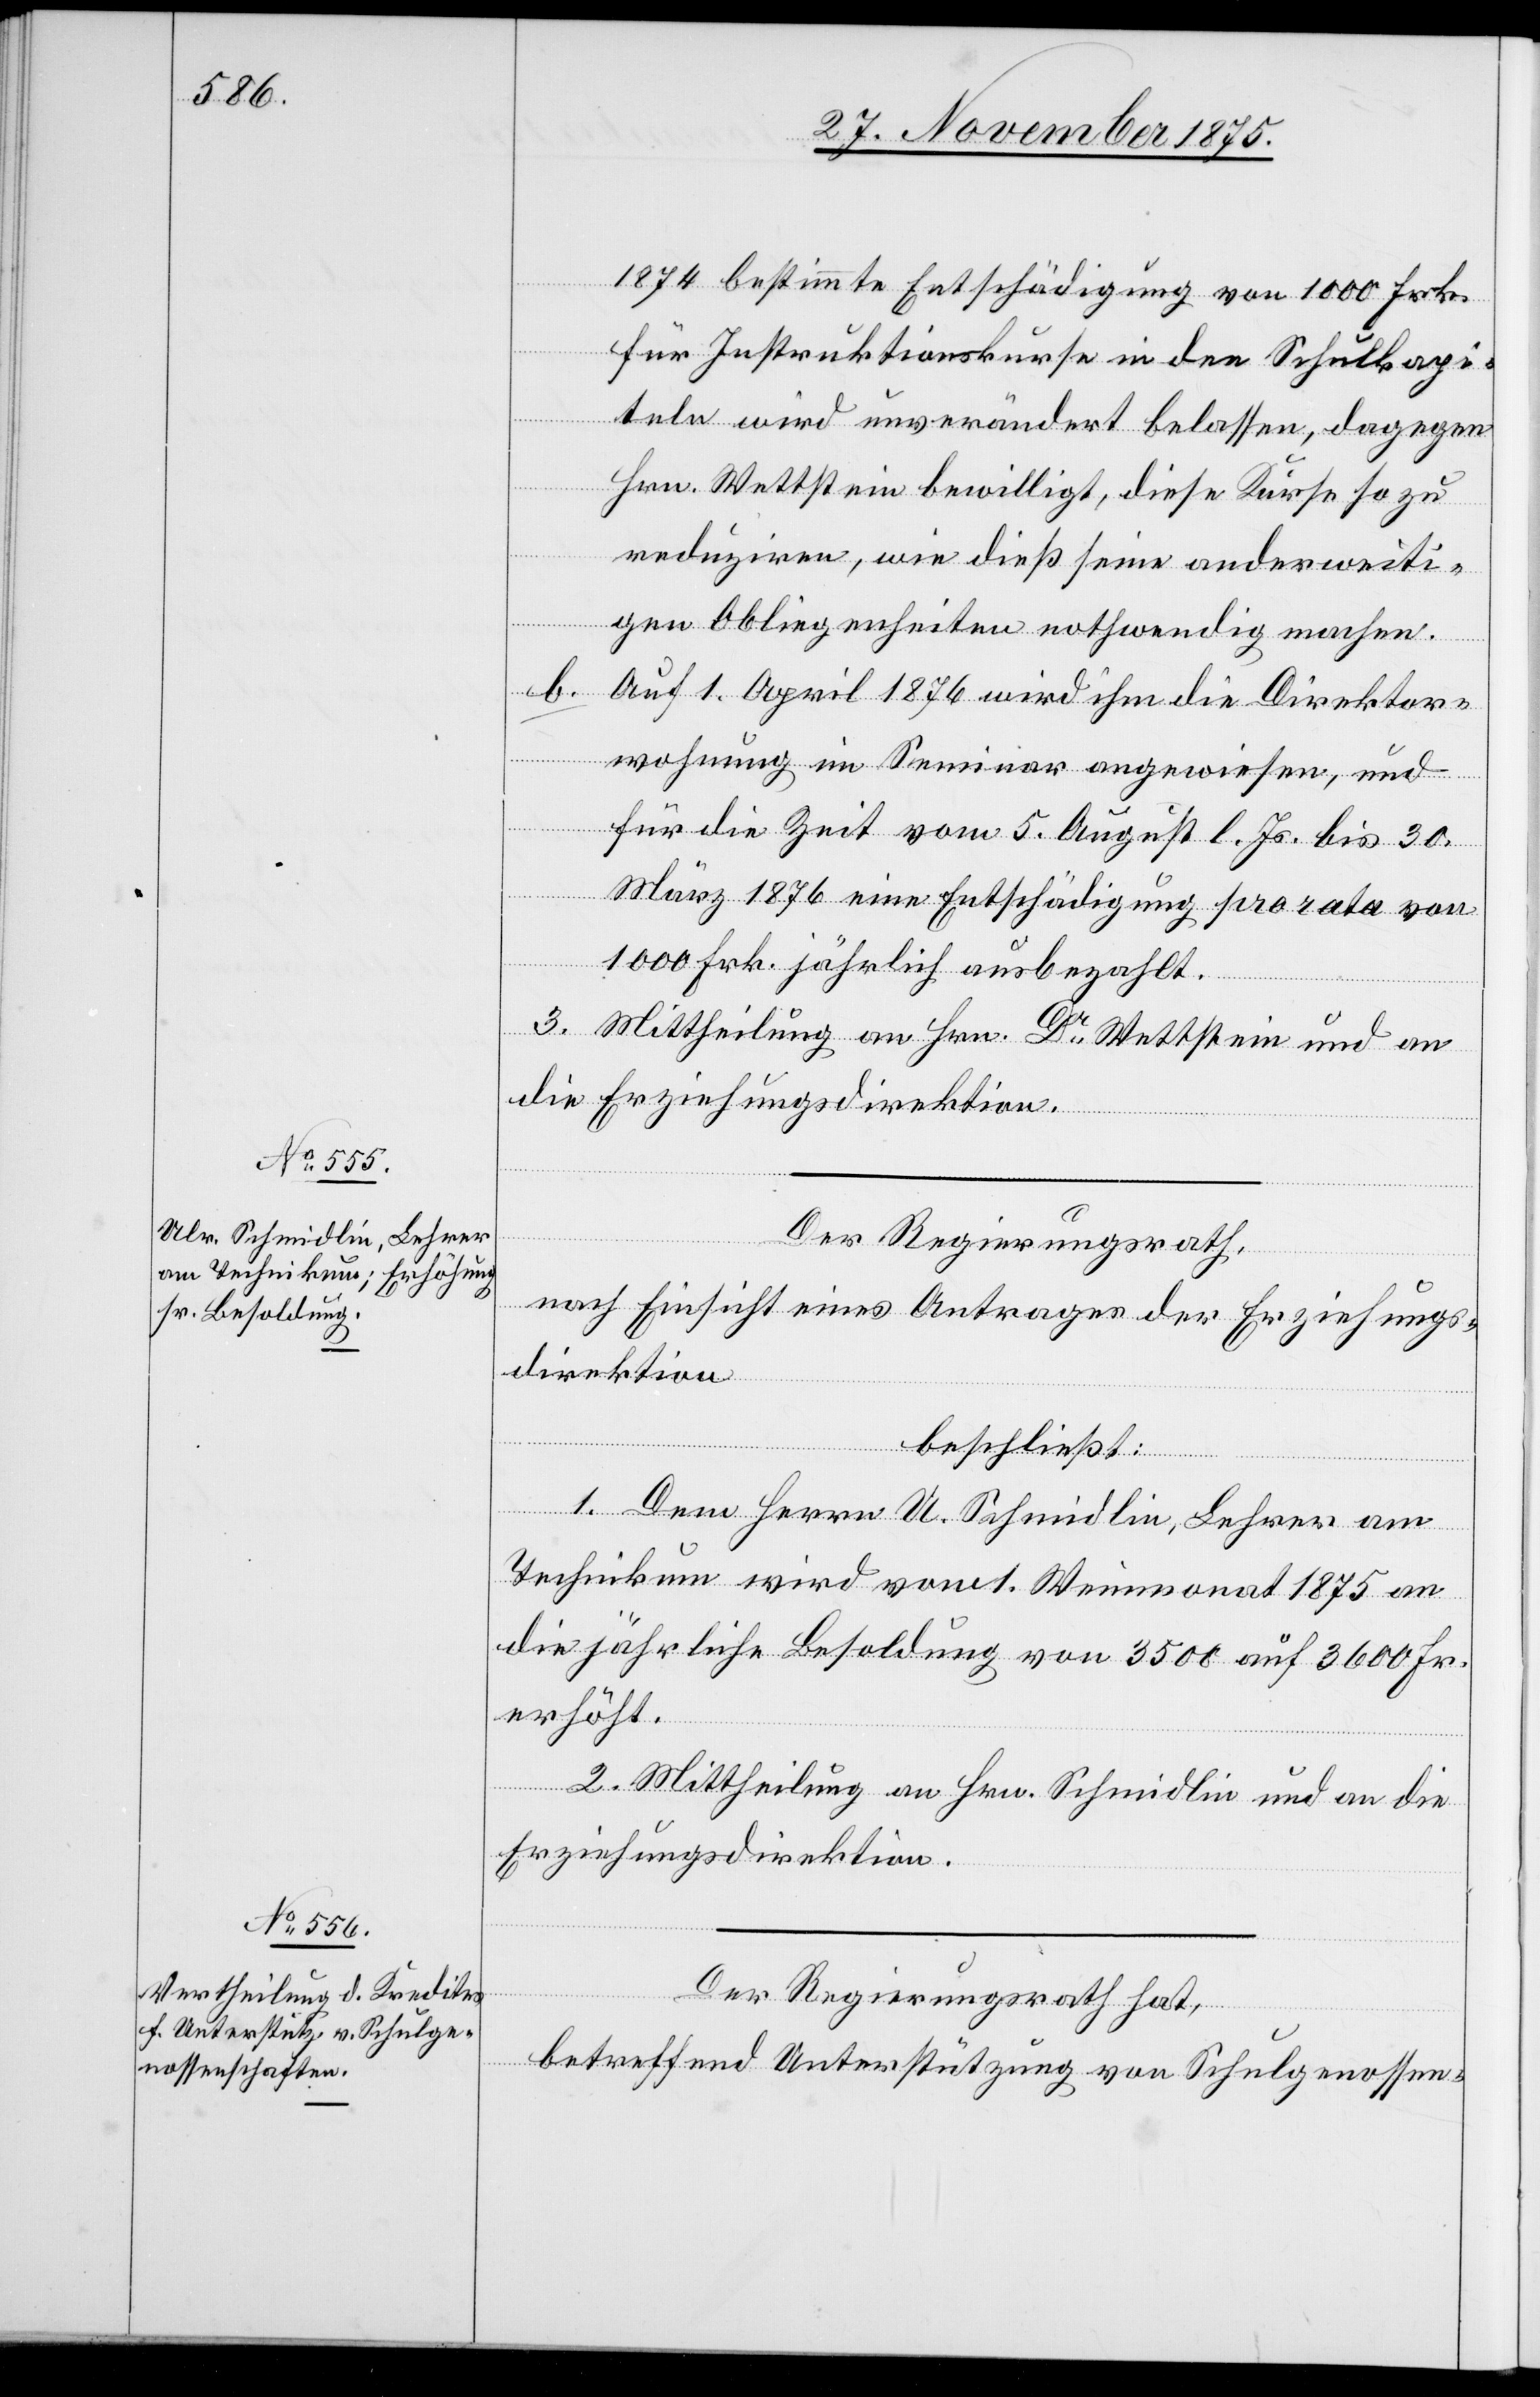
1874 bestimmte Entschädigung von 1000 Frk.
für Instruktionskurse in den Schulkapi¬
teln wird unverändert belassen, dagegen
Hrn. Wettstein bewilligt, diese Kurse so zu
reduziren, wie dieß seine anderweiti¬
gen Obliegenheiten nothwendig machen.
b. Auf 1 April 1876 wird ihm die Direktor¬
wohnung im Seminar angewiesen, und
für die Zeit vom 5. August l. Js. bis 30.
März 1876 eine Entschädigung pro rata von
1000 Frk. jährlich ausbezahlt.
3. Mittheilung an Hrn. Dr Wettstein und an
die Erziehungsdirektion.
Der Regierungsrath,
nach Einsicht eines Antrages der Erziehungs¬
direktion
beschließt:
1. Dem Hrn. U. Schmidlin, Lehrer am
Technikum wird vom 1. Weinmonat 1875 an
die jährliche Besoldung von 3500 auf 3600 Fr.
erhöht.
2. Mittheilung an Hrn. Schmidlin und an die
Erziehungsdirektion.
Der Regierungsrath hat,
betreffend Unterstützung von Schulgenossen-